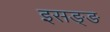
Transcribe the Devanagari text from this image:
इसङ्ङ